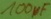
Text: 100µF